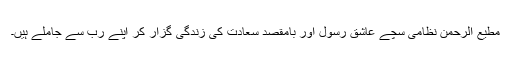
مطیع الرحمن نظامی سچے عاشقِ رسول اور بامقصد سعادت کی زندگی گزار کر اپنے رب سے جاملے ہیں۔